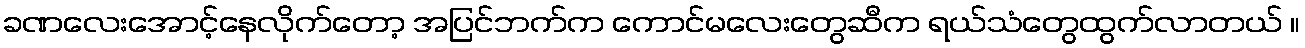
ခဏလေးအောင့်နေလိုက်တော့ အပြင်ဘက်က ကောင်မလေးတွေဆီက ရယ်သံတွေထွက်လာတယ် ။